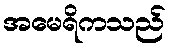
အမေရိကသည်